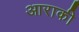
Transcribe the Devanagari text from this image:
आराकी